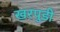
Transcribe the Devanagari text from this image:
खरपुडी